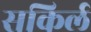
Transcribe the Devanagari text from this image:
सकिर्ल